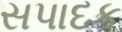
સપાદક